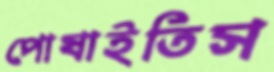
পোষাইতিস